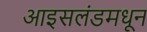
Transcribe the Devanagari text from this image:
आइसलंडमधून